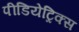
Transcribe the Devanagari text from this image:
पीडियेट्रिक्स